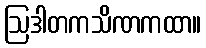
ဩဒါတကသိဏကထာ။